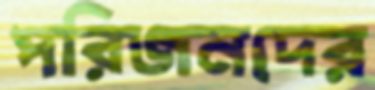
পরিজনদের